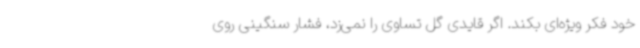
خود فکر ویژه‌ای بکند. اگر قایدی گل تساوی را نمی‌زد، فشار سنگینی روی